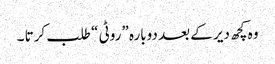
وہ کچھ دیر کے بعد دوبارہ ”روٹی “ طلب کرتا ۔